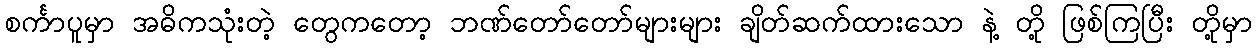
စင်္ကာပူမှာ အဓိကသုံးတဲ့ တွေကတော့ ဘဏ်တော်တော်များများ ချိတ်ဆက်ထားသော နဲ့ တို့ ဖြစ်ကြပြီး တို့မှာ